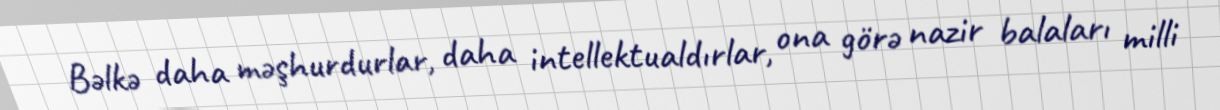
Bəlkə daha məşhurdurlar, daha intellektualdırlar, ona görə nazir balaları milli